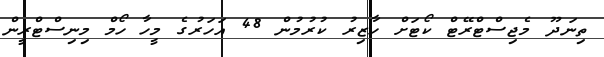
ތިނަދޫ މެޖިސްޓްރޭޓް ކޯޓަށް ހާޒިރު ކުރުމުން 48 އަހަރުގެ މީހާ ހޯމް މިނިސްޓްރީން